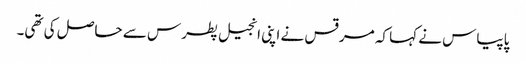
پاپیاس نے کہا کہ مرقس نے اپنی انجیل پطرس سے حاصل کی تھی۔